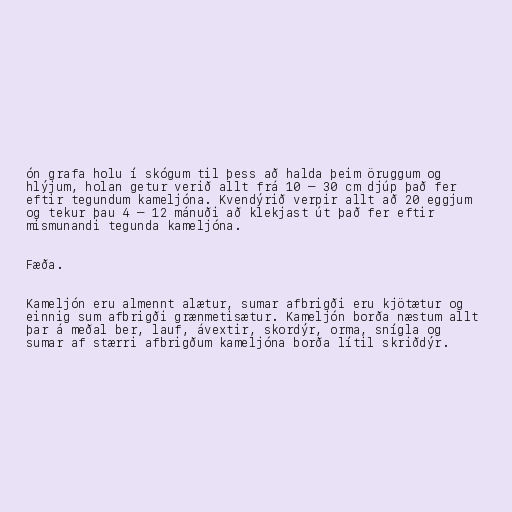
ón grafa holu í skógum til þess að halda þeim öruggum og
hlýjum, holan getur verið allt frá 10 – 30 cm djúp það fer
eftir tegundum kameljóna. Kvendýrið verpir allt að 20 eggjum
og tekur þau 4 – 12 mánuði að klekjast út það fer eftir
mismunandi tegunda kameljóna.

Fæða.

Kameljón eru almennt alætur, sumar afbrigði eru kjötætur og
einnig sum afbrigði grænmetisætur. Kameljón borða næstum allt
þar á meðal ber, lauf, ávextir, skordýr, orma, snígla og
sumar af stærri afbrigðum kameljóna borða lítil skriðdýr.